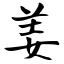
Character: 姜